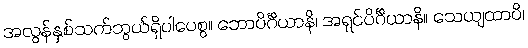
အလွန်နှစ်သက်ဘွယ်ရှိပါပေစွ။ ဘောပိင်္ဂိယာနိ၊ အရှင်ပိင်္ဂိယာနိ။ သေယျထာပိ၊